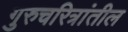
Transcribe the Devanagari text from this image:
गुरुचरित्रांतील